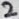
Text: 2